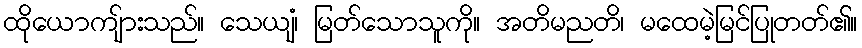
ထိုယောကျ်ားသည်။ သေယျံ၊ မြတ်သောသူကို။ အတိမညတိ၊ မထေမဲ့မြင်ပြုတတ်၏။